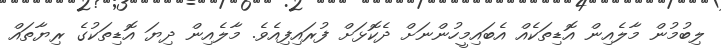
ލިބުމުން މާލެއިން އޮޑިތަކެއް އެބައިމީހުންނަށް ދެކޮޅަށް ފުރައިފިއެވެ. މާލެއިން ދިޔަ އޮޑިތަކުގެ ރިޔާތައް